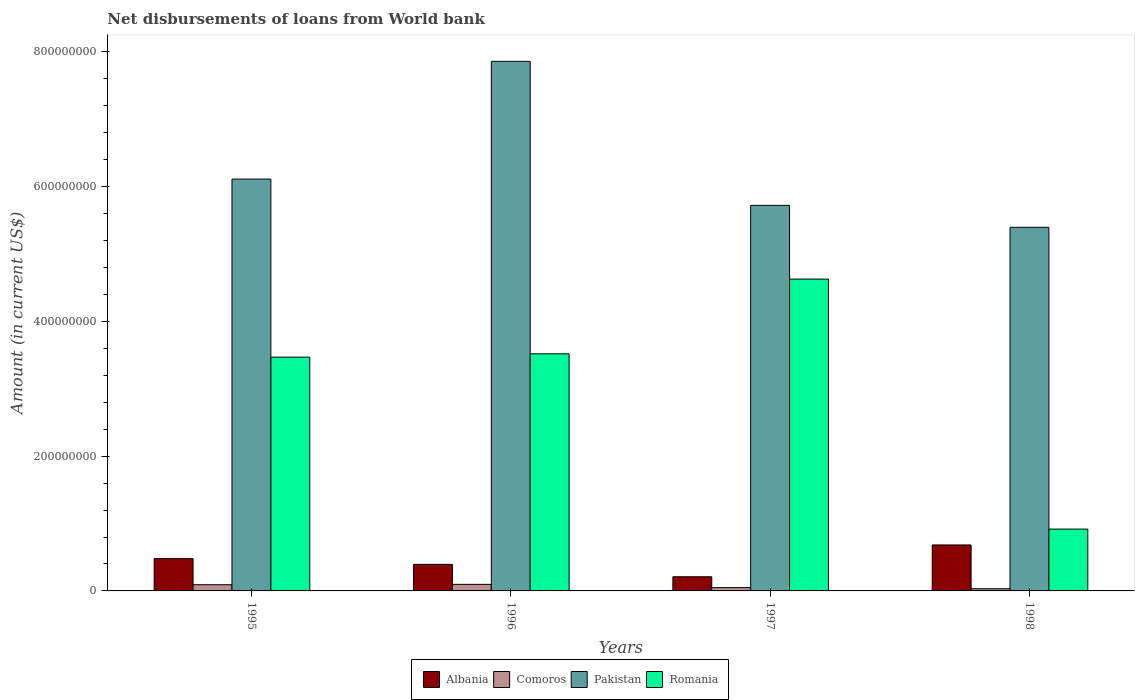
| Years | Albania | Comoros | Pakistan | Romania |
 | --- | --- | --- | --- | --- |
 | 1995 | 4.8e+07 | 9.19e+06 | 6.11e+08 | 3.47e+08 |
 | 1996 | 3.94e+07 | 9.73e+06 | 7.86e+08 | 3.52e+08 |
 | 1997 | 2.1e+07 | 4.89e+06 | 5.72e+08 | 4.63e+08 |
 | 1998 | 6.82e+07 | 3.28e+06 | 5.4e+08 | 9.17e+07 |